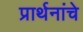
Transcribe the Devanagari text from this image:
प्रार्थनांचे